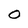
Character: 0